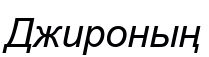
Джироның